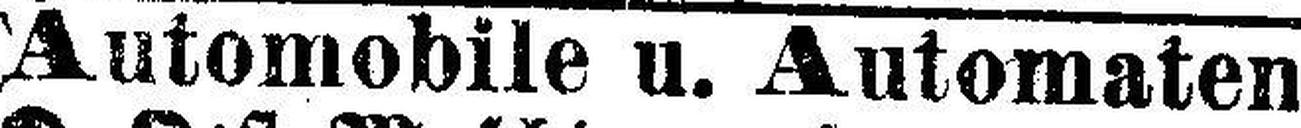
Automobile u. Automaten